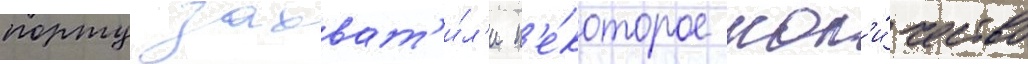
порту захват'и́л'и н'е́которое кол'и́чество